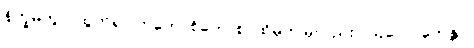
နိက္ခမိတွာ၊ ထွက်၍။ ဣတောစိတောစ၊ ထိုမှဤမှလည်း။ ဩလောကေန္တာ၊